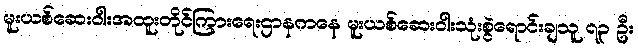
မူးယစ်ဆေးဝါးအထူးတိုင်ကြားရေးဌာနကနေ မူးယစ်ဆေးဝါးသုံးစွဲရောင်းချသူ ၇၃ ဦး